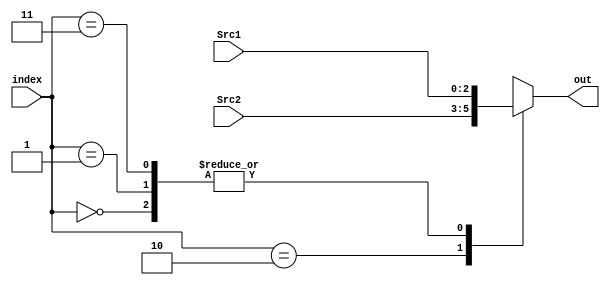
module Mux4to1_3bit(input [2:0]Src1,input [2:0]Src2, input [1:0]index,output reg [2:0]out);
	always@(Src1,Src2,index)
	begin
	case(index)
		2'b00:out=Src1;
		2'b10:out=Src2;
		2'b01:out=Src1;
		2'b11:out=Src1;
endcase

end
endmodule